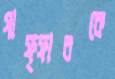
গাফ্ফারকে